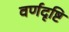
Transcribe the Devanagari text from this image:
वर्णदृष्टि